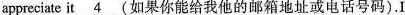
appreciate it\underline{4}(如果你能给我他的邮箱地址或电话号码).I